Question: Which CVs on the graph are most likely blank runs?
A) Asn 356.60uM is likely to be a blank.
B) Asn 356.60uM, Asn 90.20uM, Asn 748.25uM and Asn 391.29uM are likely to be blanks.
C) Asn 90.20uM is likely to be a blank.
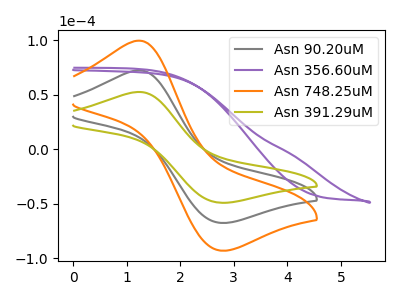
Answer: <think>The gray curve "Asn 90.20uM" has an anodic peak at (1.25V, 72.35uA) and a cathodic peak at (2.75V, -67.45uA). The purple curve "Asn 356.60uM" has no peaks. The orange curve "Asn 748.25uM" has an anodic peak at (1.25V, 144.70uA) and a cathodic peak at (2.75V, -134.90uA). The olive curve "Asn 391.29uM" has an anodic peak at (1.25V, 52.55uA) and a cathodic peak at (2.75V, -49.00uA).</think>
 <answer>A) "Asn 356.60uM" is likely to be a blank.</answer>
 <eval>A</eval>